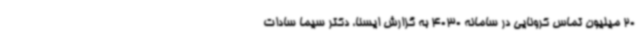
20 میلیون تماس کرونایی در سامانه 4030 به گزارش ایسنا، دکتر سیما سادات